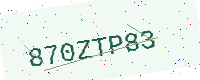
Text: 870ZTP83